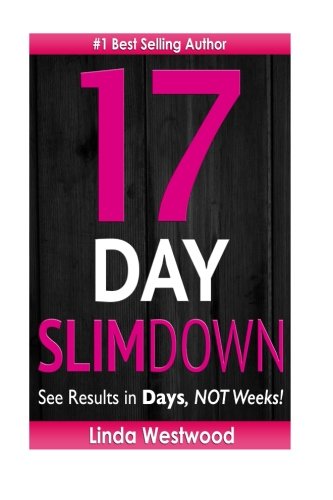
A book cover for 17-Day Slim Down: Flat Abs, Firm Butt & Lean Legs - See Results in Days, NOT Weeks!; Linda Westwood; Health, Fitness & Dieting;